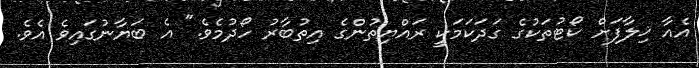
އެއާ ޚިލާފަށް ކޯޓުތަކުގެ ގަދަކަމަކީ ރައްޔިތުންގެ އިތުބާރު ހޯދުމެވެ." އެ ބަޔާނުގައިވެ އެވެ.